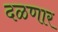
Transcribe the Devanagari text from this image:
दळणार